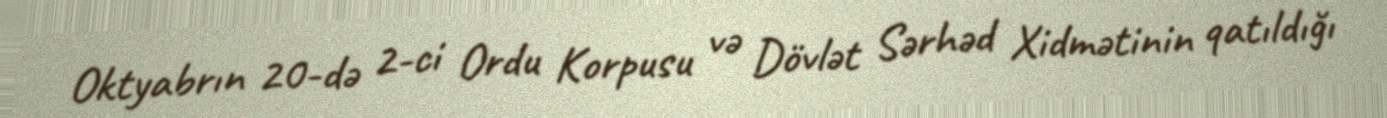
Oktyabrın 20-də 2-ci Ordu Korpusu və Dövlət Sərhəd Xidmətinin qatıldığı